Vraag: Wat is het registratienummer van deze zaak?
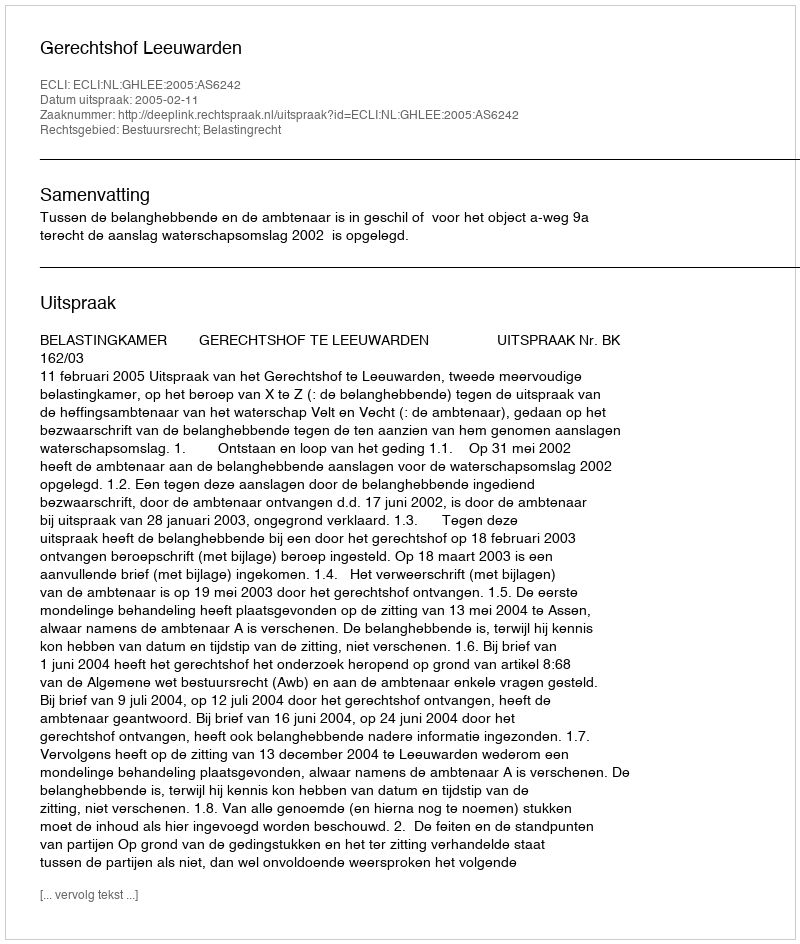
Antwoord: http://deeplink.rechtspraak.nl/uitspraak?id=ECLI:NL:GHLEE:2005:AS6242